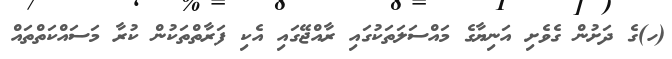
(ހ)ގެ ދަށުން ގެވެށި އަނިޔާގެ މައްސަލަތަކުގައި ރާއްޖޭގައި އެކި ފަރާތްތަކުން ކުރާ މަސައްކަތްތައް